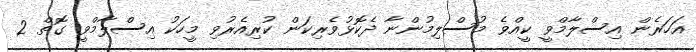
އަހަރެން އިސްލާމްވީ ކީއްވެ މުސްލިމުންނާ ދެކޮޅުވެރިކަން ކުރިއެރުވި މީހަކު އިސްލާމްވީ ގޮތް 2